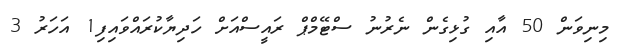
މިނިވަން 50 އާއި ގުޅިގެން ނެރުނު ސްޓޭމްޕް ރައީސްއަށް ހަދިޔާކުރައްވައިފި1 އަހަރު 3